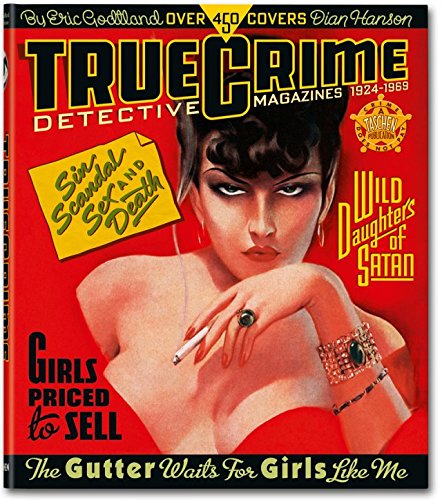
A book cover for True Crime Detective Magazines; Eric Godtland; Comics & Graphic Novels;